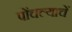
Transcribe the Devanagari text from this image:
पोंचल्याचें